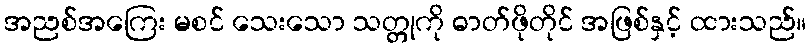
အညစ်အကြေး မစင် သေးသော သတ္တုကို ဓာတ်ဖိုတိုင် အဖြစ်နှင့် ထားသည်။